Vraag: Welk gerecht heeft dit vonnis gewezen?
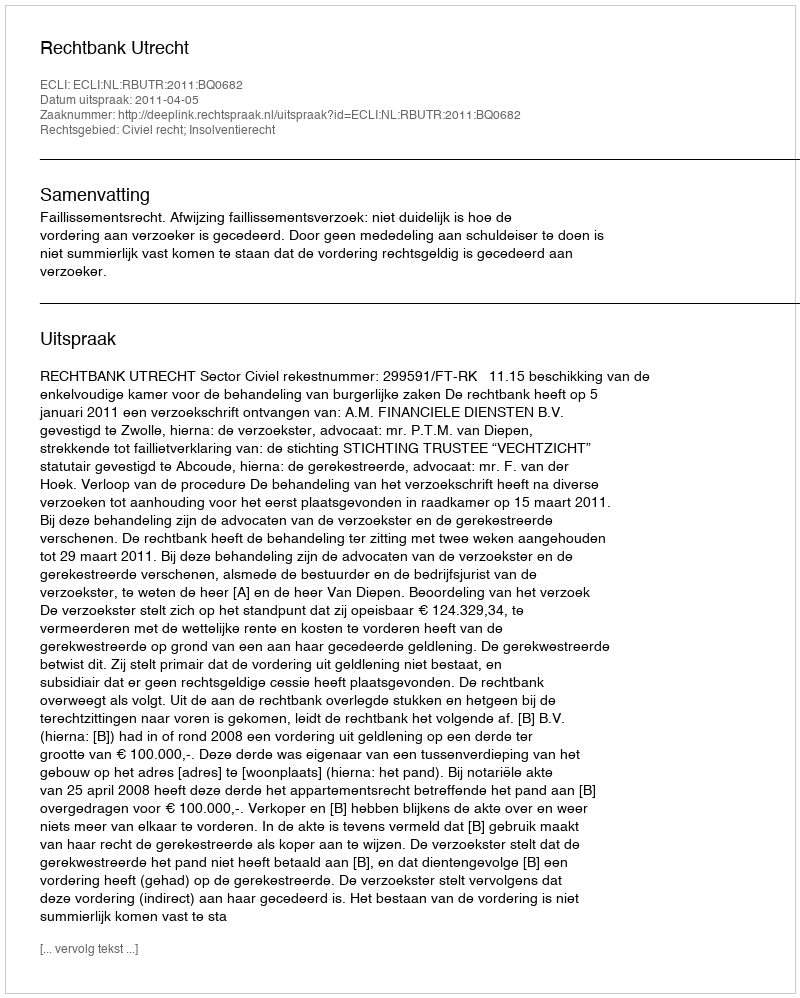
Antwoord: Rechtbank Utrecht